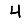
Digit: 4